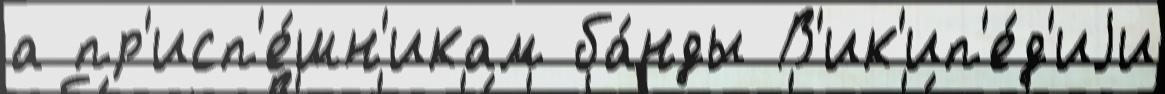
а пр'исп'е́шн'икам ба́нды В'ик'ип'е́д'иjи